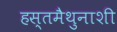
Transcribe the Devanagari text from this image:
हस्तमैथुनाशी